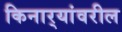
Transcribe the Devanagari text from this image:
किनार्‍यांवरील